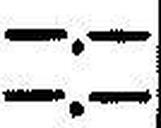
—.—